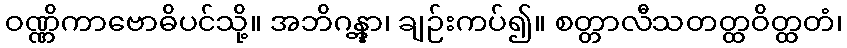
ဝဏ္ဏိကာဗောဓိပင်သို့။ အဘိဂန္တွာ၊ ချဉ်းကပ်၍။ စတ္တာလီသတတ္ထဝိတ္ထတံ၊